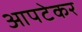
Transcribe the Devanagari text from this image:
आपटेकर